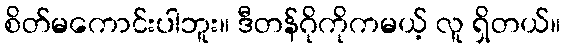
စိတ်မကောင်းပါဘူး။ ဒီတန်ဂိုကိုကမယ့် လူ ရှိတယ်။